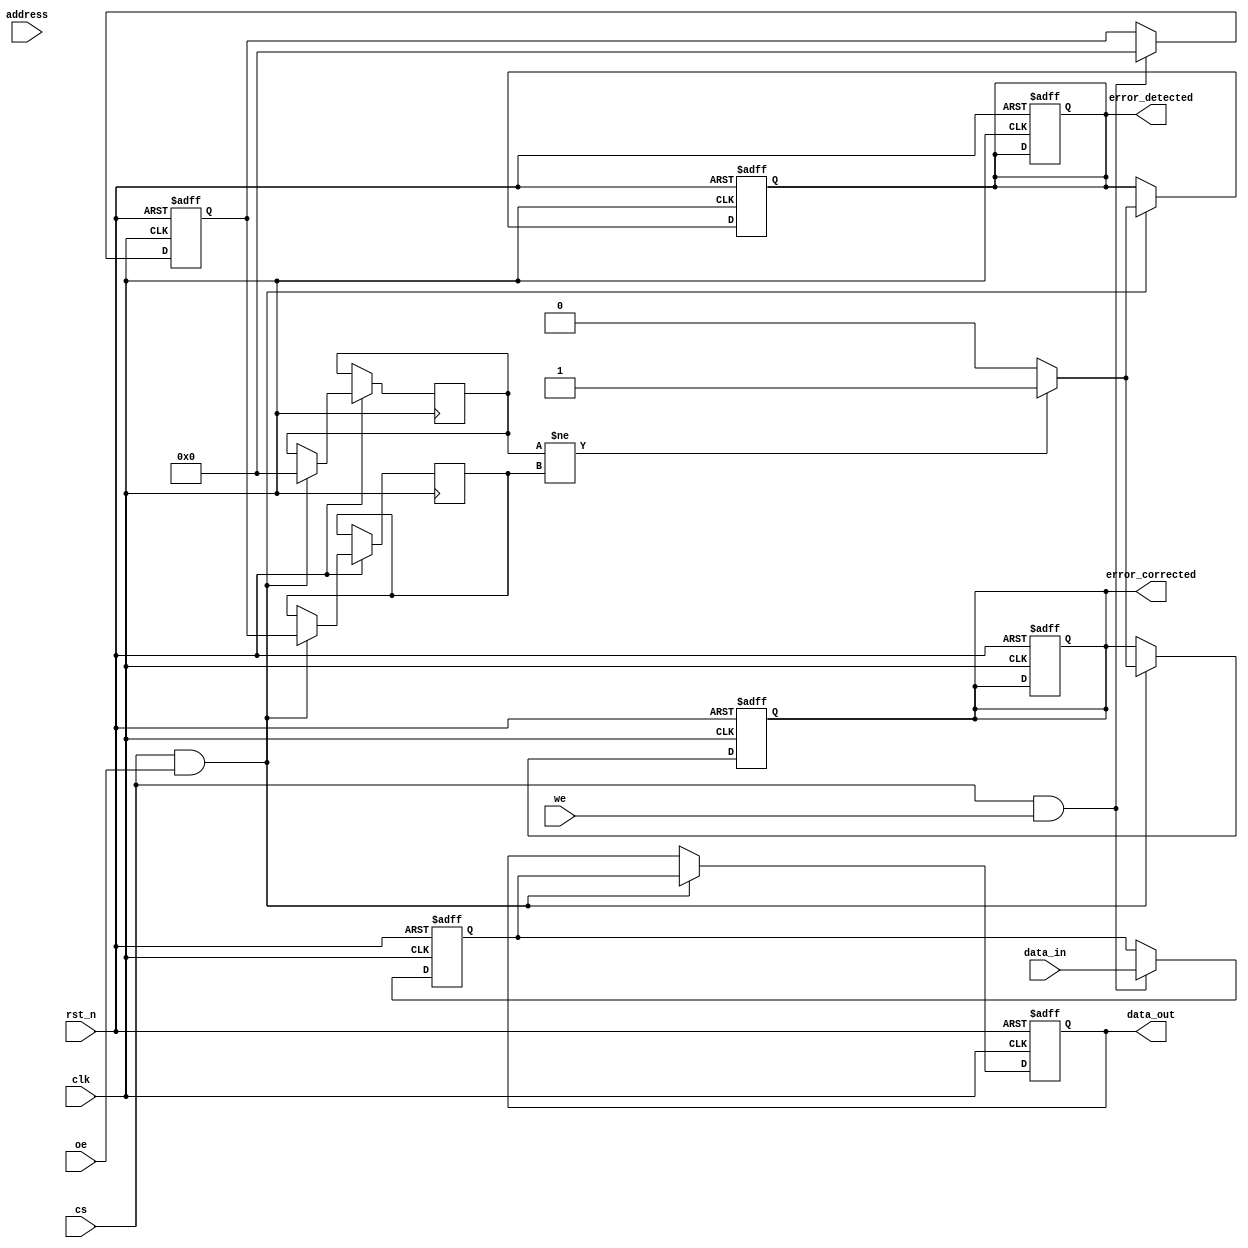
module ecc_dram_io #(
    parameter DATA_WIDTH = 32, // Data bus width
    parameter ECC_WIDTH = 7     // ECC bits for Hamming code (for 32 bits of data)
)(
    input wire clk,              // Clock signal
    input wire rst_n,            // Active low reset
    input wire [DATA_WIDTH-1:0] data_in, // Data input from memory controller
    input wire we,               // Write Enable
    input wire oe,               // Output Enable
    input wire cs,               // Chip Select
    input wire [31:0] address,   // Address input
    output reg [DATA_WIDTH-1:0] data_out, // Data output to memory controller
    output reg error_detected,    // Error detected signal
    output reg error_corrected     // Error corrected signal
);

    // Internal signals
    reg [DATA_WIDTH-1:0] data_buffer; // Buffer for incoming data
    reg [ECC_WIDTH-1:0] ecc_buffer;   // Buffer for ECC bits
    reg [ECC_WIDTH-1:0] ecc_calculated; // Calculated ECC bits
    reg [ECC_WIDTH-1:0] ecc_received; // Received ECC bits

    // ECC encoding function (Hamming code)
    function [ECC_WIDTH-1:0] ecc_encode(input [DATA_WIDTH-1:0] data);
        // Implement Hamming code encoding logic here
        // Placeholder for actual ECC encoding logic
        ecc_encode = 0; // Replace with actual encoding
    endfunction

    // ECC decoding function
    function [ECC_WIDTH-1:0] ecc_decode(input [DATA_WIDTH-1:0] data, input [ECC_WIDTH-1:0] ecc);
        // Implement Hamming code decoding logic here
        // Placeholder for actual ECC decoding logic
        ecc_decode = 0; // Replace with actual decoding
    endfunction

    // Write operation
    always @(posedge clk or negedge rst_n) begin
        if (!rst_n) begin
            data_buffer <= 0;
            ecc_buffer <= 0;
            error_detected <= 0;
            error_corrected <= 0;
        end else if (cs && we) begin
            // Store data and calculate ECC
            data_buffer <= data_in;
            ecc_buffer <= ecc_encode(data_in);
            // Here, you would typically write to the memory array
        end
    end

    // Read operation
    always @(posedge clk or negedge rst_n) begin
        if (!rst_n) begin
            data_out <= 0;
            error_detected <= 0;
            error_corrected <= 0;
        end else if (cs && oe) begin
            // Here, you would typically read from the memory array
            data_out <= data_buffer; // Simulate reading data
            ecc_received <= ecc_buffer; // Simulate reading ECC

            // Check for errors
            ecc_calculated <= ecc_encode(data_out);
            if (ecc_calculated != ecc_received) begin
                error_detected <= 1;
                // Implement error correction logic here
                // Placeholder for actual correction logic
                error_corrected <= 1; // Set if corrected
            end else begin
                error_detected <= 0;
                error_corrected <= 0;
            end
        end
    end

endmodule